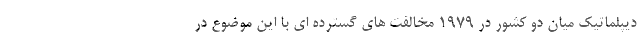
دیپلماتیک میان دو کشور در 1979 مخالفت های گسترده ای با این موضوع در